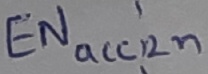
Text: ENacc2n